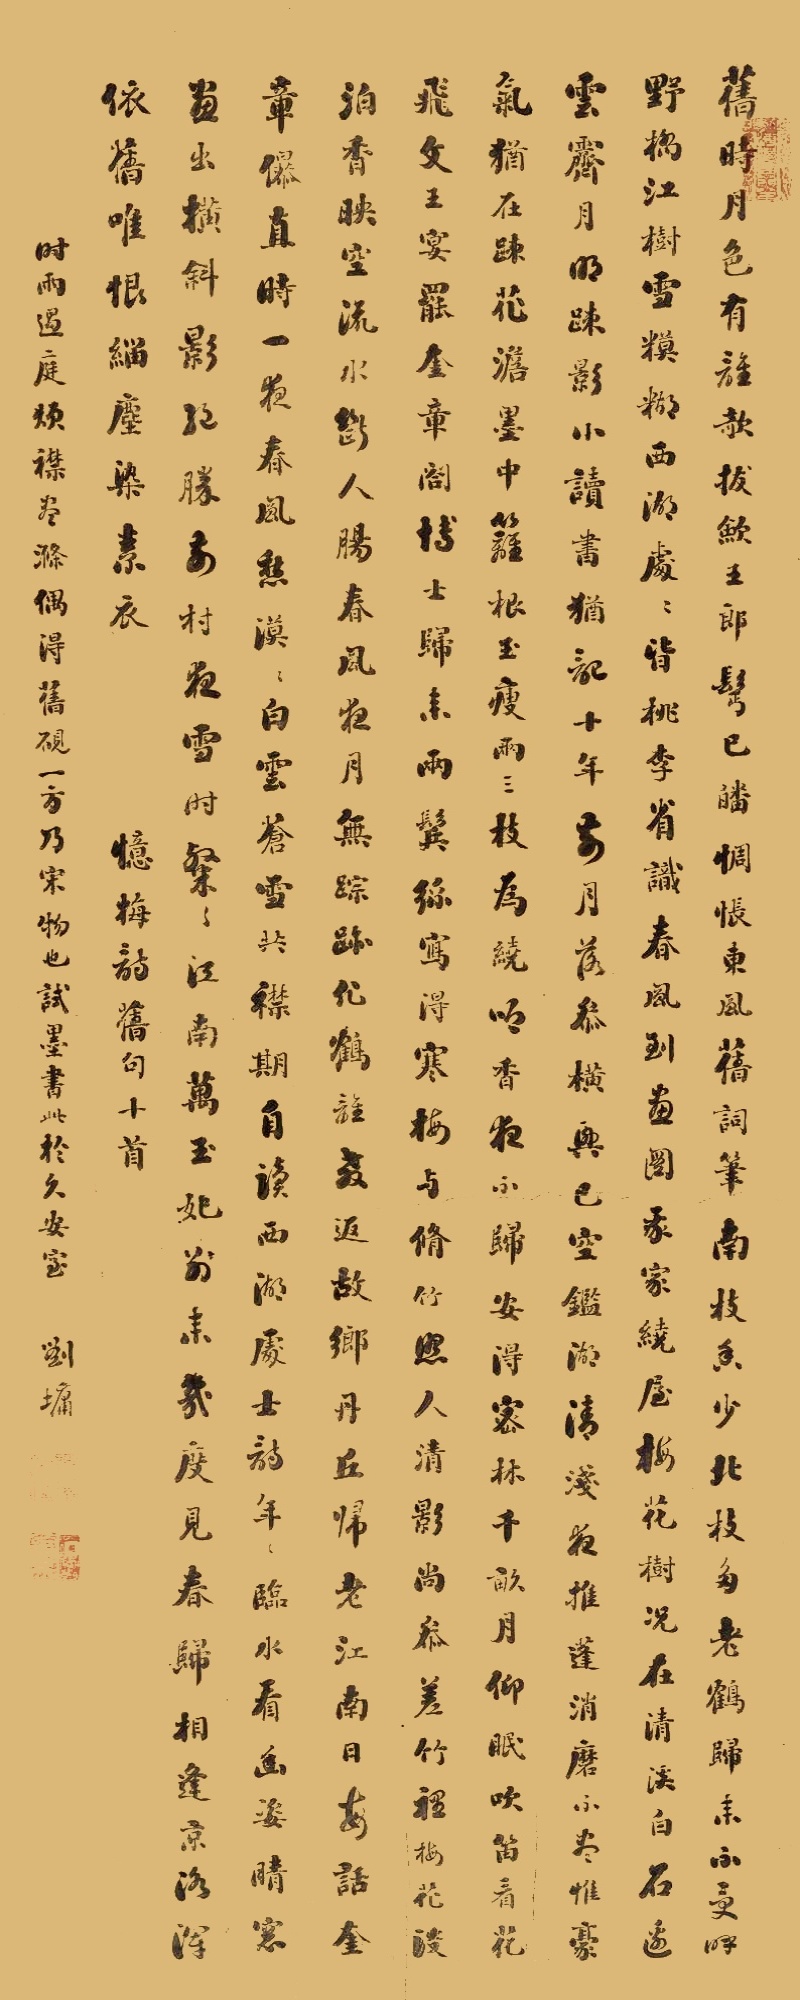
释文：旧时月色有谁歌，拔剑王郎鬓已皤。惆怅春风旧词笔，南枝香少北枝多。老鹤归来不受呼，野桥江树雪模糊。西湖处处皆桃李，省识春风到画图。我家绕屋梅花树，况在清溪白石边。云霁月明疏影小，读书犹记十年前。月落参横兴已空，鉴湖清浅夜推篷。消磨不尽惟豪气，犹在疏花淡墨中。篱根玉瘦两三枝，为绕吟香夜不归。安得密林千亩月，仰眠吹笛看花飞。文王宴罢奎章阁，博士归来两鬓丝。写得寒梅与修竹，照人清影尚参差。竹里梅花淡泊香，映空流水断人肠。春风夜月无踪迹，化鹤谁教返故乡。丹丘归老江南日，每话奎章儤直时。一夜春寒愁漠漠，白云苍雪共襟期。自读西湖处士诗，年年临水看幽姿。晴窗画出横斜影，绝胜前村夜雪时。粲粲江南万玉妃，别来几度见春归。相逢京洛浑依旧，唯恨缁尘染素衣。忆梅诗旧句十首，时雨过庭烦襟尽涤，偶得旧砚一方，乃宋物也。试墨书此于久安室。